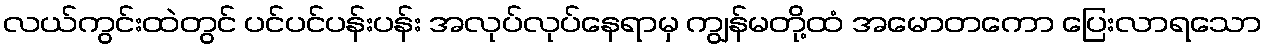
လယ်ကွင်းထဲတွင် ပင်ပင်ပန်းပန်း အလုပ်လုပ်နေရာမှ ကျွန်မတို့ထံ အမောတကော ပြေးလာရသော